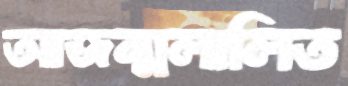
আজন্মলালিত